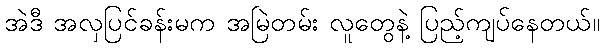
အဲဒီ အလှပြင်ခန်းမက အမြဲတမ်း လူတွေနဲ့ ပြည့်ကျပ်နေတယ်။